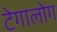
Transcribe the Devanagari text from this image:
टेगालोग